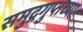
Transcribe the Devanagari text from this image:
समुद्रगुप्तच्या